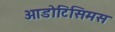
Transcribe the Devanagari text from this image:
ओडोटिसिमस